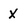
Character: X